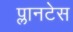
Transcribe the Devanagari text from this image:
प्लानटेस